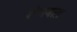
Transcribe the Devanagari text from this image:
शेनबाग़